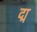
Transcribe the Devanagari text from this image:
द्म